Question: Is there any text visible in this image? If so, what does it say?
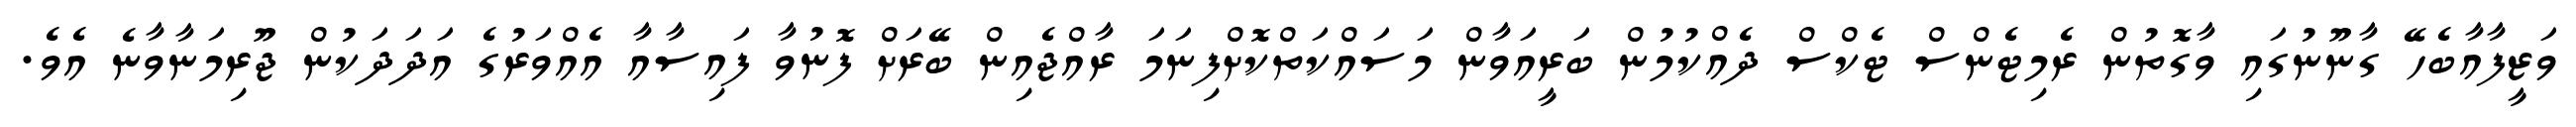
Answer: ވަޒީފާއާބެހޭ ގާނޫނުގައި ވާގޮތުން ރެމިޓެންސް ޓެކްސް ދެއްކުމުން ބަރީއަވާން މަސައްކަތްކޮށްފިނަމަ ރާއްޖެއިން ބޭރަށް ފޮނުވާ ފައިސާއާ އެއްވަރުގެ އަދަދަކުން ޖޫރިމަނާވާނެ އެވެ.